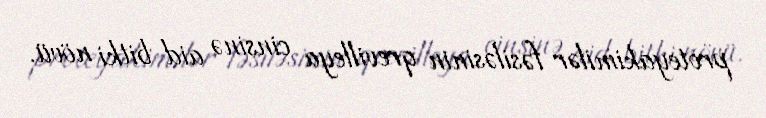
proteyakimilər fəsiləsinin qrevilleya cinsinə aid bitki növü.